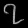
Digit: ၇